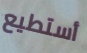
أستطيع